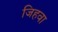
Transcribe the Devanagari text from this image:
जिहवा